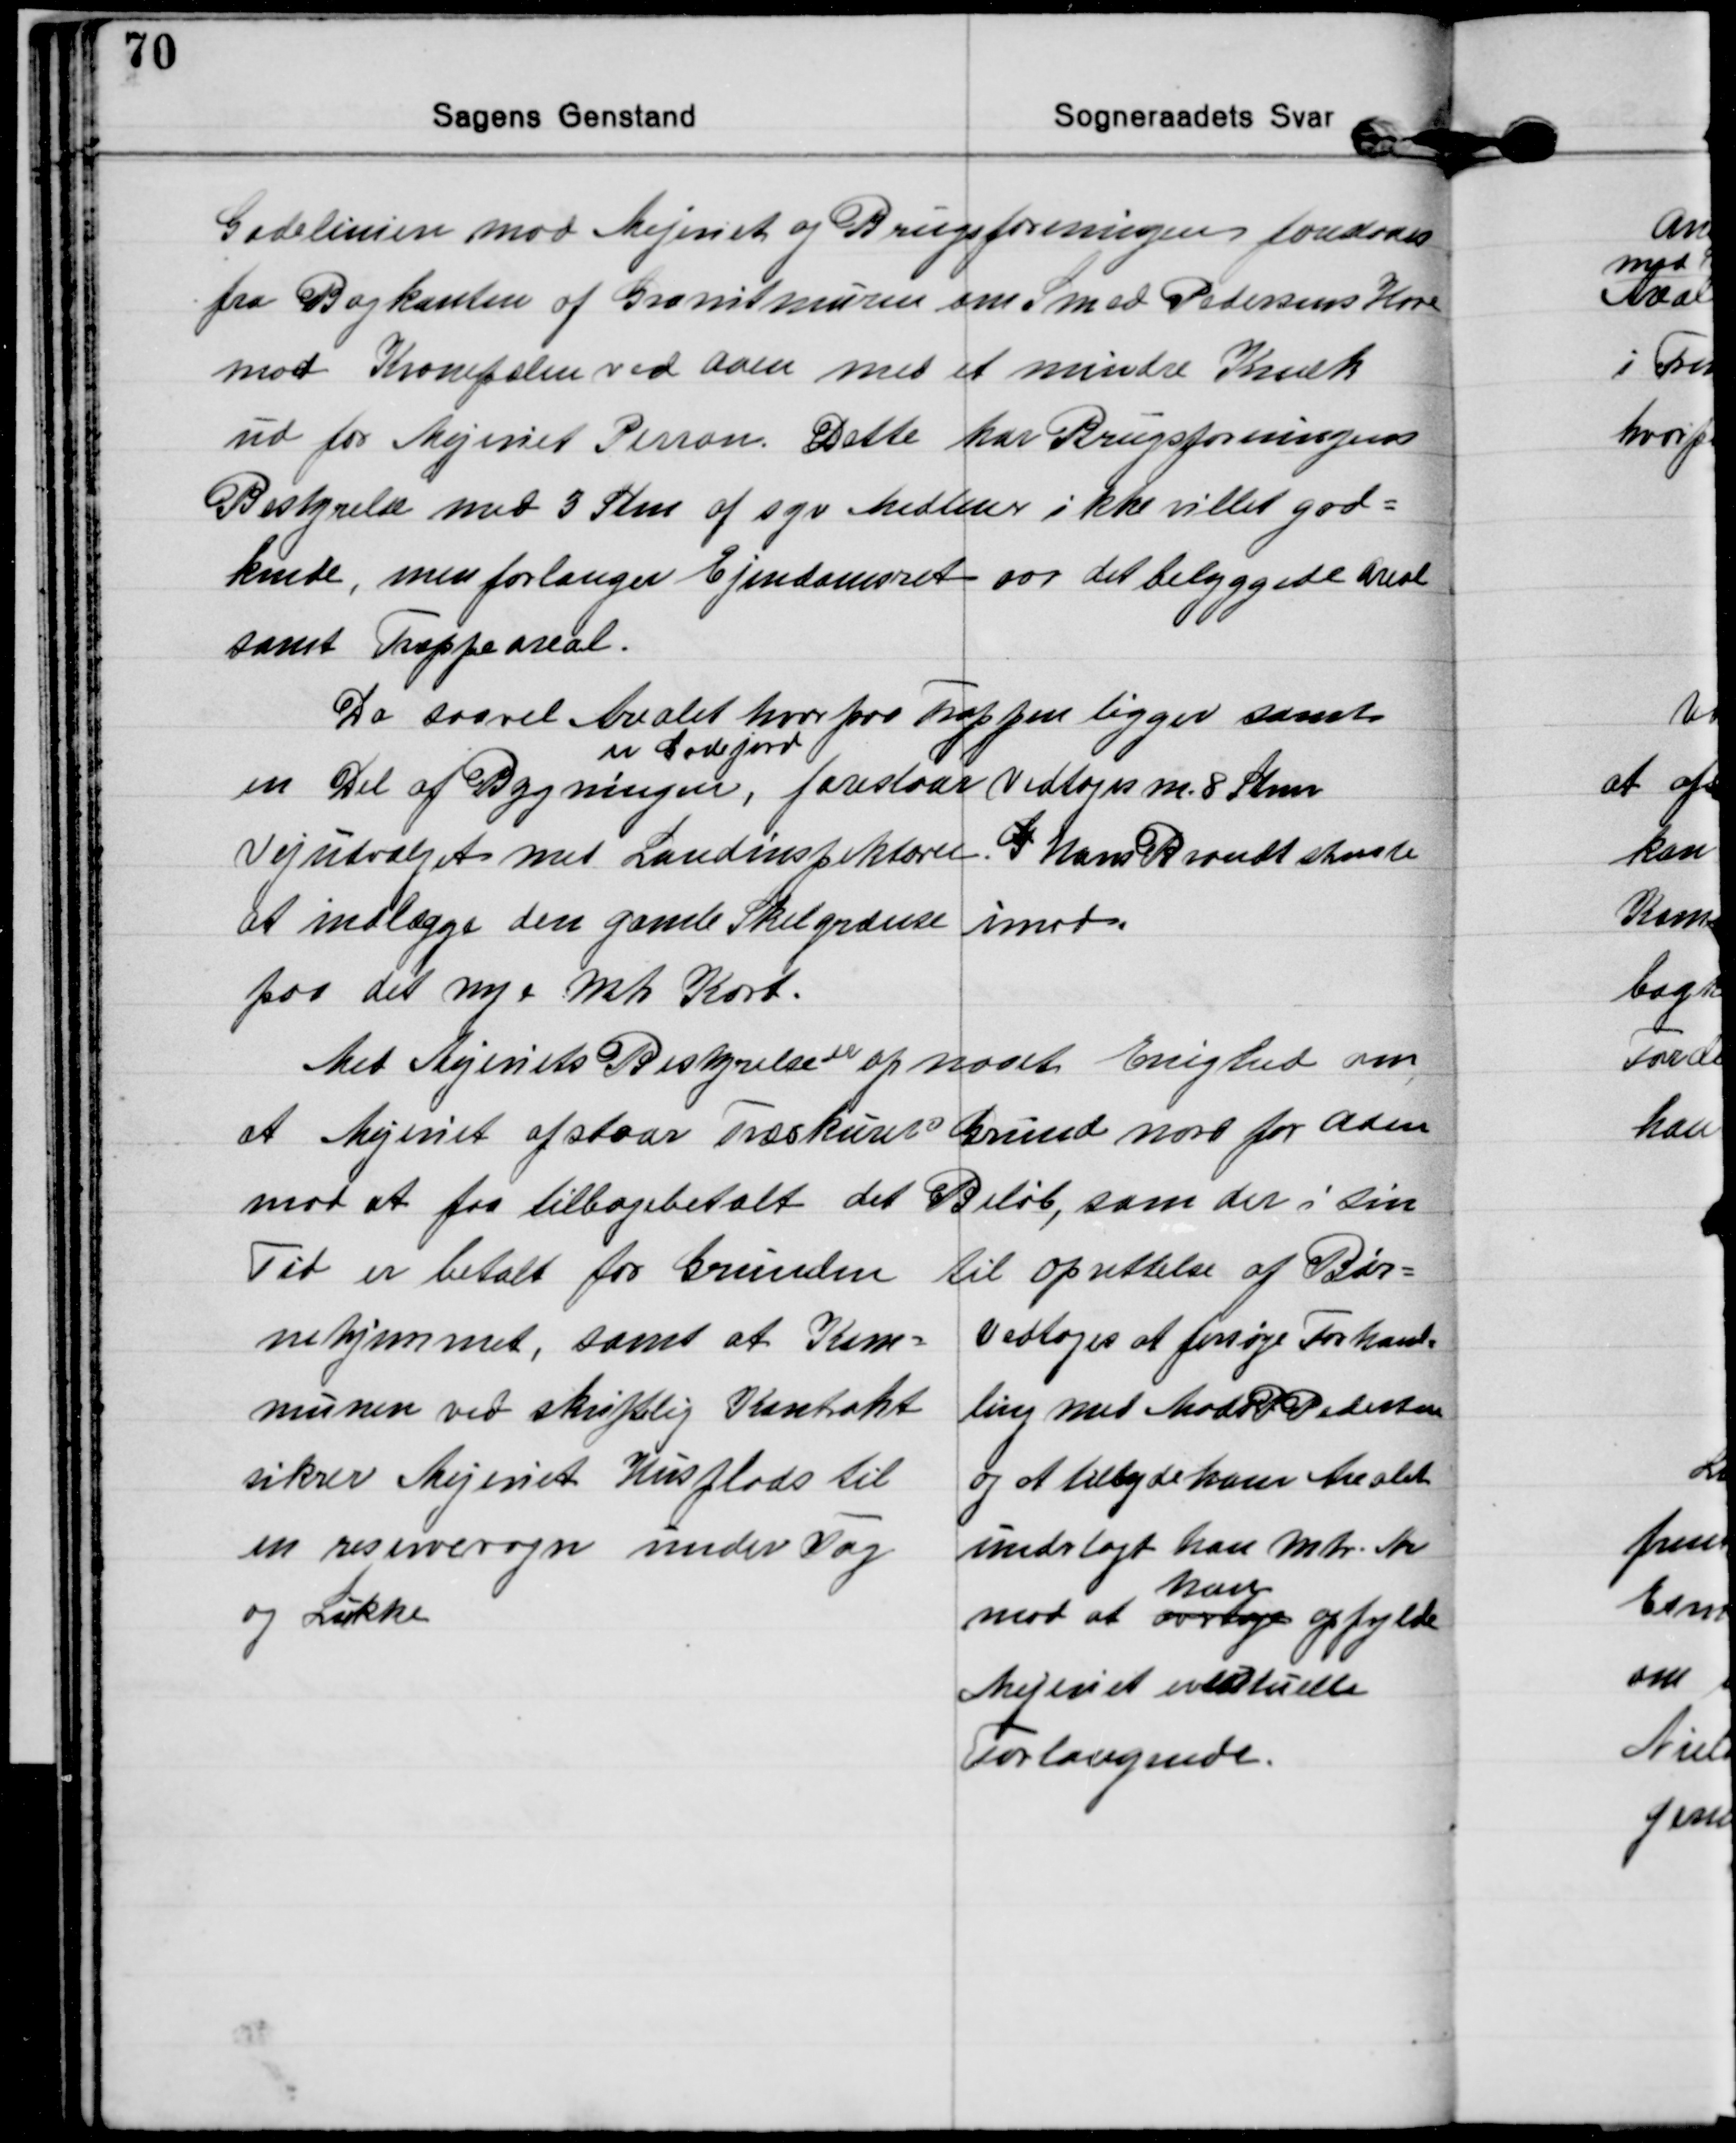
Transskription:
Gadelinien mod Mejeriet og Brugsforeningen forandres
fra Bagkanten af Granitmuren om Smed Pedersens Have
mod Kronepælen ved Aaen med et mindre Knæk
ud for Mejeriet Perron. Dette har Brugsforeningens
Bestyrelse med 3 Stm af syv Medlmer ikke villet god=
kende, men forlanger Ejendomsret ovr det bebyggede Areal
samt Trappeareal.
Da saavel Arealet hvorpaa Trappen ligger samt
en Del af Bygningen, 
er Gadejord
foreslaar
Vejudvalget med Landinspektøren
at indlægge den gamle Skelgrænse
paa det nye Mtr Kort.
Vedtoges m 8 Stm
G Hans Brandt stemte
imod.
Med Mejeriets Bestyrelse 
er
opnaaet Enighed om,
at Mejeriet afstaar Træskurets Grund nord for Aaen
mod at faa tilbagebetalt det Beløb, som der i sin
Tid er betalt for Grunden til oprettelse af Bør=
nehjemmet, samt at Kom=
munen ved skriftlig Kontrakt
sikrer Mejeriet Husplads til
en reservevogn under Tag
og Lukke
Vedtoges at forsøge Forhand=
ling med Mads P Pedersen
og at tilbyde ham Arealet
underlagt han Mtr. Nr
mod at overtage 
han
opfylde
Mejeriet eventuelle
Forlangende.